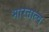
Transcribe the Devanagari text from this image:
भारतात्च